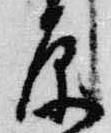
原